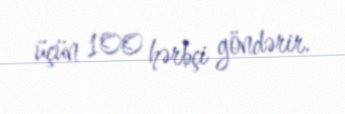
üçün 100 hərbçi göndərir.